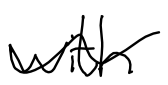
Text: with
Cross-out: wave
Writing tool: digital_black